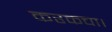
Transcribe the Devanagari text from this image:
करकचा।